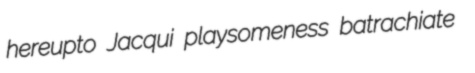
hereupto Jacqui playsomeness batrachiate